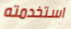
استخدمته